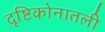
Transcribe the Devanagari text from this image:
दृष्टिकोनातली